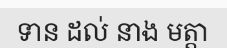
ទាន ដល់ នាង មត្តា